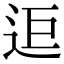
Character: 𨒑